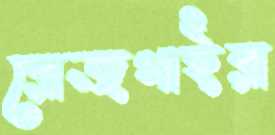
রোজগাইরা